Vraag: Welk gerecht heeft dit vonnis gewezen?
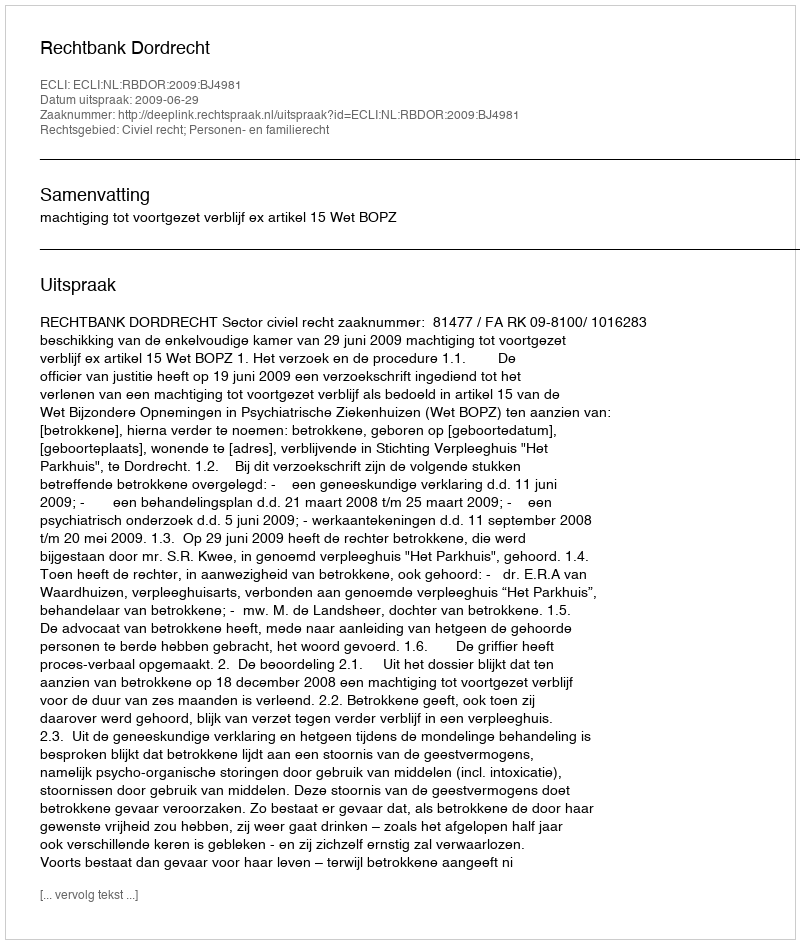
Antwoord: Rechtbank Dordrecht